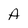
Character: A